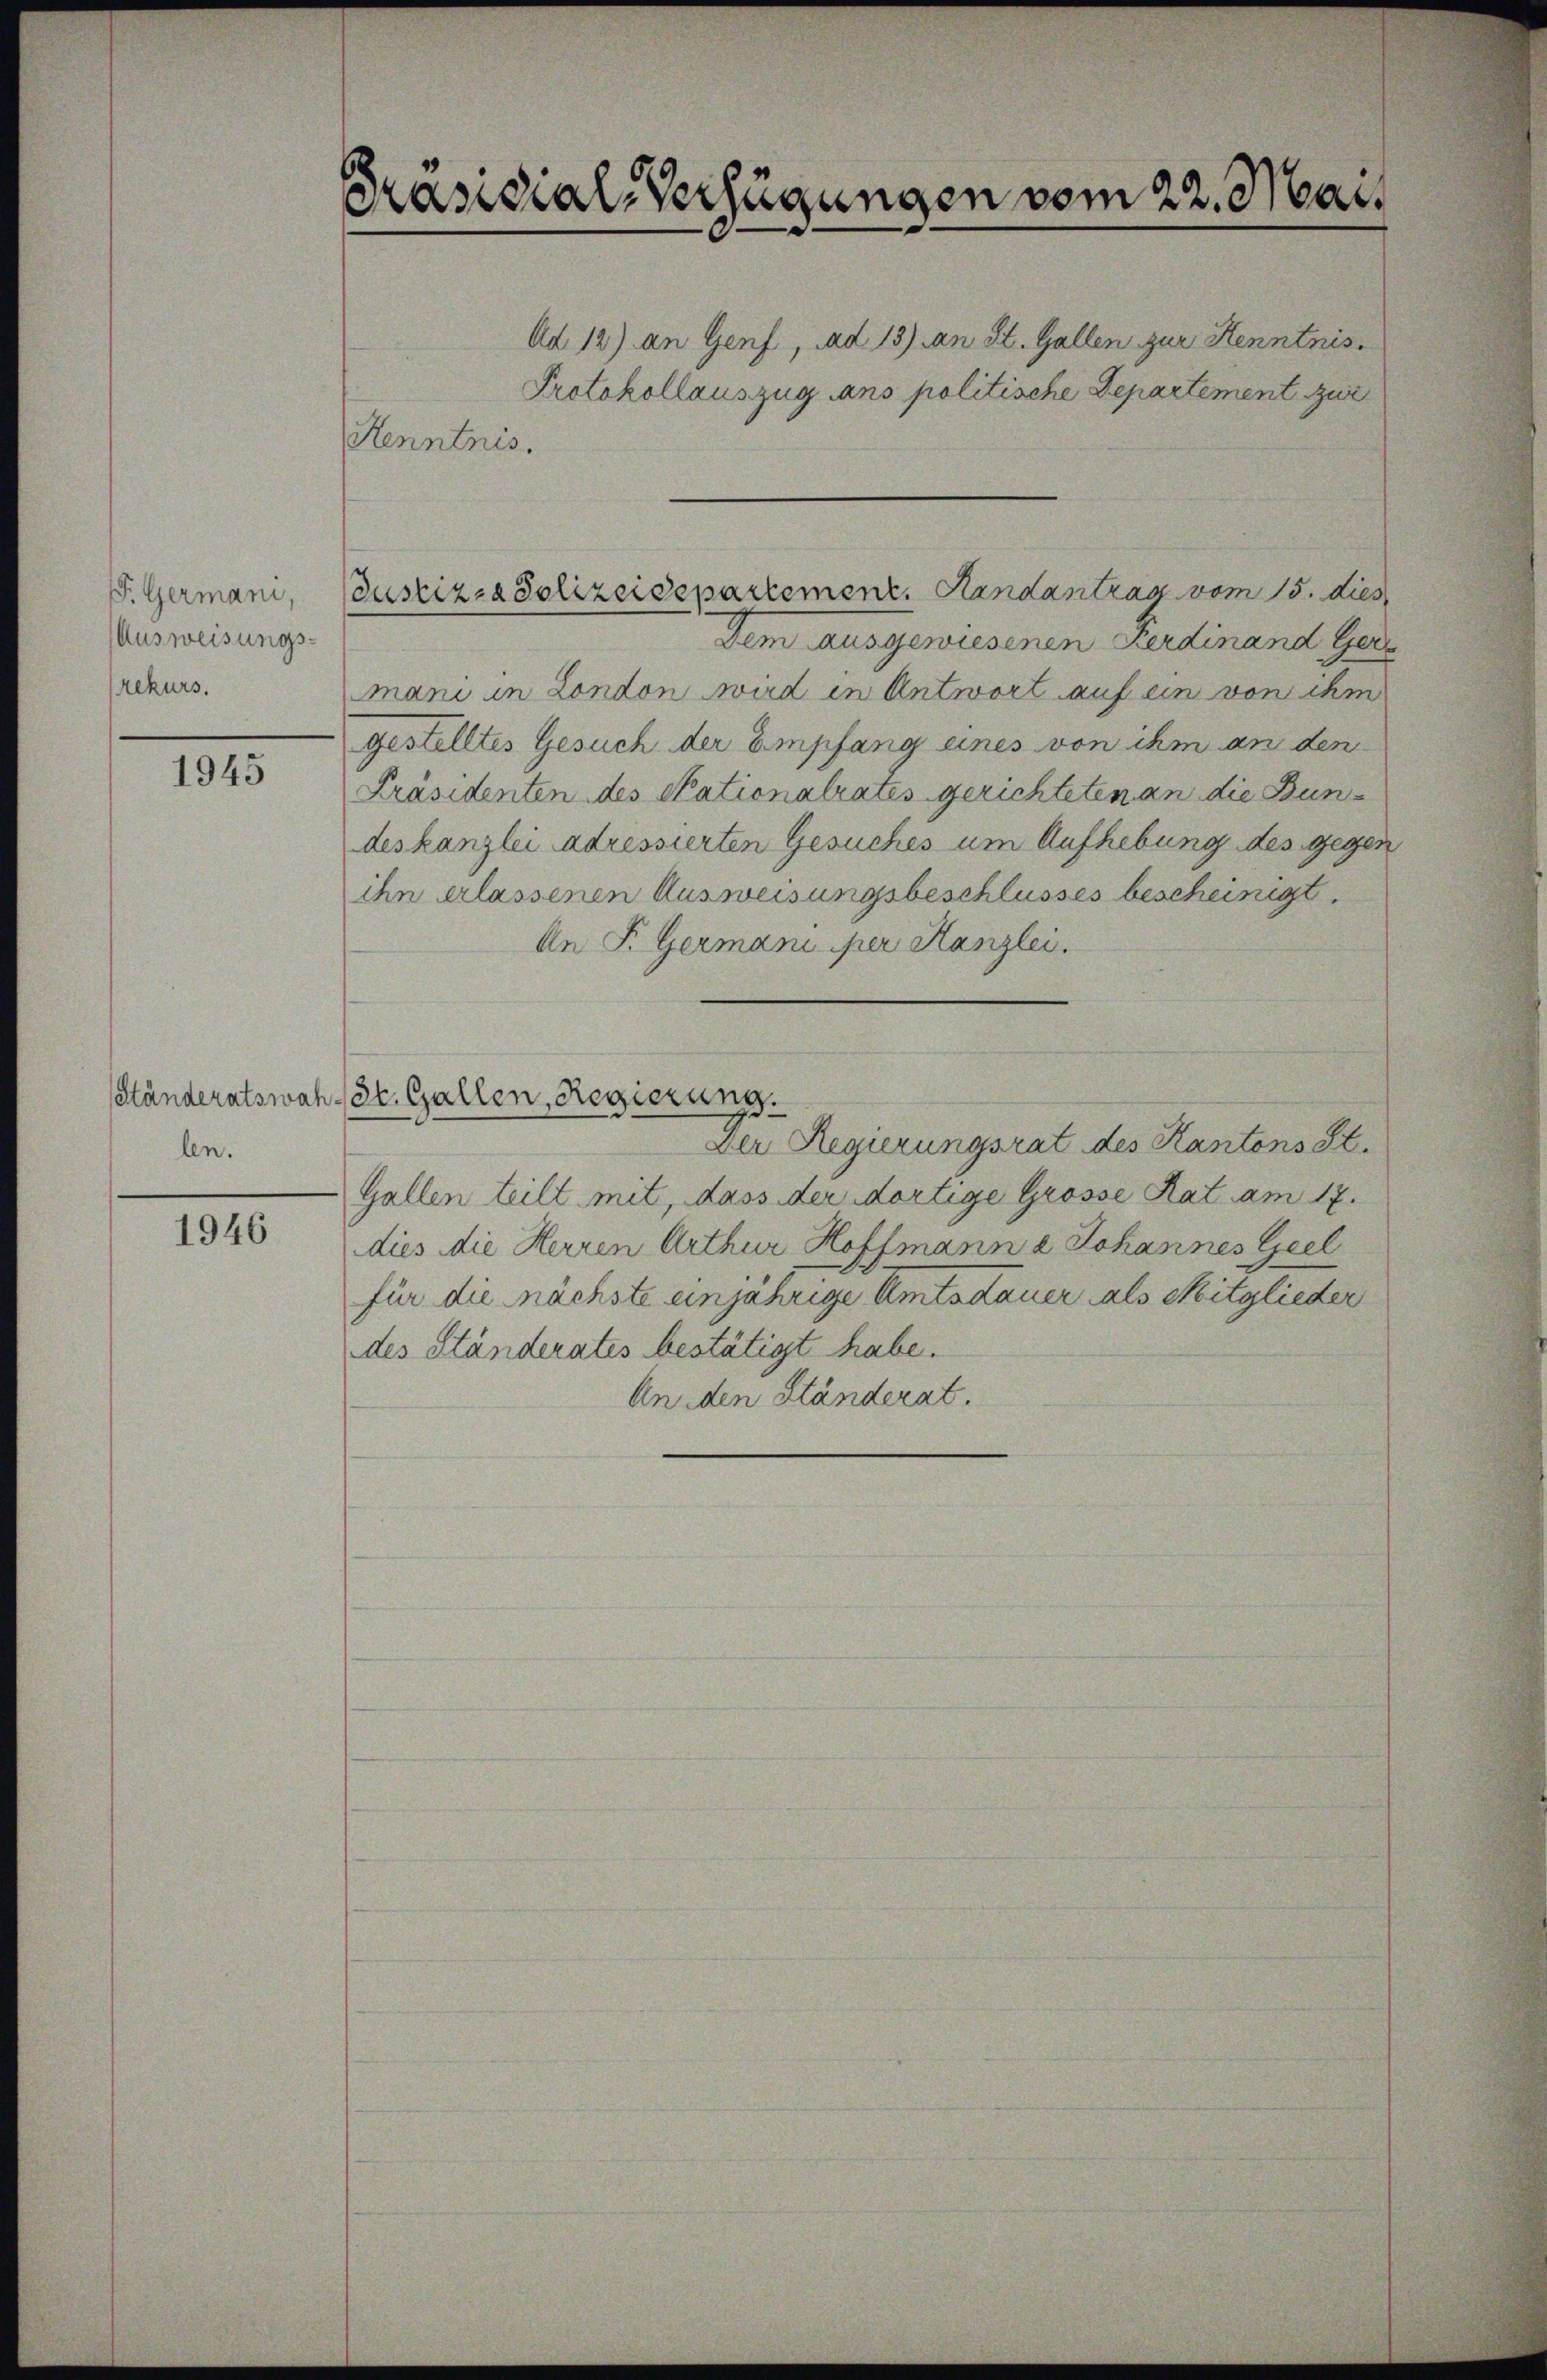
F. Germani,
Ausweisungs-
rekurs.

1945

Ständeratswah-
len.

1946

Präsidial-Verfügungen vom 22. Mait

Kenntnis.

Justiz- & Polizeidepartement. Handantrag vom 15. dies

Ad 12) an Genf, ad 13) an St. Gallen zur Kenntnis.
Protokollauszug ans politische Departement zur
dem ausgewiesenen Ferdinand Geri
mani in London wird in Antwort auf ein von ihm
gestelltes Gesuch der Empfang eines von ihm an den
Präsidenten des Stationalrates gerichteten an die Bundeskanzlei adressierten Gesuches um Aufhebung des gegen
ihn erlassenen Ausweisungsbeschlusses bescheinigt.
An F. Germani per Kanzlei.
3t. Gallen, Regierung.
Der Regierungsrat des Kantons St.
Gallen teilt mit, dass der dortige Grosse Rat am 17.
dies die Herren Arthur Hoffmann 2 Johannes Geel
für die nächste einjährige Amtsdauer als Mitglieder
des Ständerates bestätigt habe.
An den Ständerat.